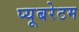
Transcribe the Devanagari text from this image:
प्यूबरेटम